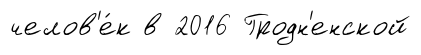
челов'е́к в 2016 Гродн'енской